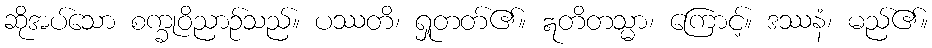
ဆိုအပ်သော စက္ခုဝိညာဉ်သည်။ ပဿတိ၊ ရှုတတ်၏။ ဣတိတသ္မာ၊ ကြောင့်။ ဒဿနံ၊ မည်၏။